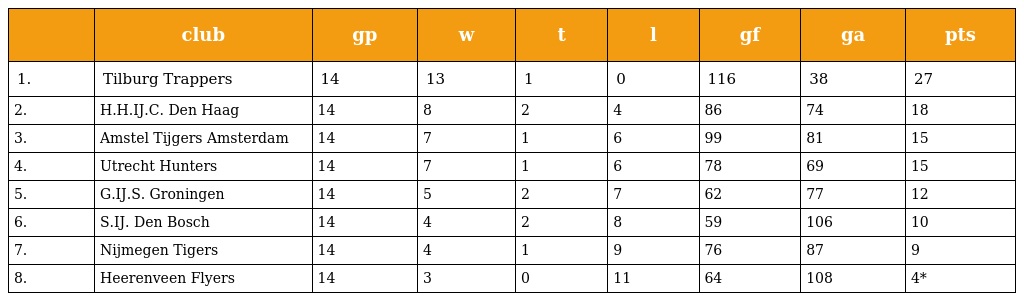
|  | club | gp | w | t | l | gf | ga | pts |
 | --- | --- | --- | --- | --- | --- | --- | --- | --- |
 | 1. | Tilburg Trappers | 14 | 13 | 1 | 0 | 116 | 38 | 27 |
 | 2. | H.H.IJ.C. Den Haag | 14 | 8 | 2 | 4 | 86 | 74 | 18 |
 | 3. | Amstel Tijgers Amsterdam | 14 | 7 | 1 | 6 | 99 | 81 | 15 |
 | 4. | Utrecht Hunters | 14 | 7 | 1 | 6 | 78 | 69 | 15 |
 | 5. | G.IJ.S. Groningen | 14 | 5 | 2 | 7 | 62 | 77 | 12 |
 | 6. | S.IJ. Den Bosch | 14 | 4 | 2 | 8 | 59 | 106 | 10 |
 | 7. | Nijmegen Tigers | 14 | 4 | 1 | 9 | 76 | 87 | 9 |
 | 8. | Heerenveen Flyers | 14 | 3 | 0 | 11 | 64 | 108 | 4* |